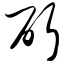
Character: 斫